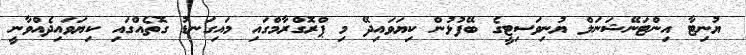
ޔުނިޓާ އިންޓަނޭޝަނަލް ޔުނިވަސިޓީގެ ބޭފުޅުން ކިޔަވައިދޭ މި ޕްރޮގްރާމްގައި މައިގަނޑު ގޮތެއްގައި ކިޔަވައިދެއްވާނީ